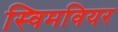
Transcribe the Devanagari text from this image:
स्विमवियर